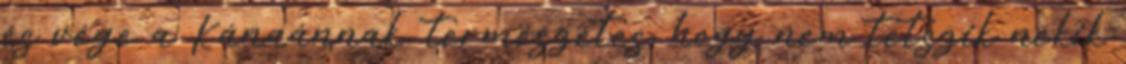
és vége a Kánaánnak, természetes, hogy nem tetszik nekik